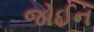
જોઈન